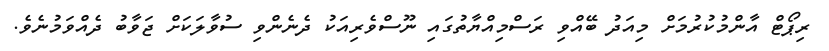
ރިޕޯޓް އާންމުކުރުމަށް މިއަދު ބޭއްވި ރަސްމިއްޔާތުގައި ނޫސްވެރިއަކު ދެނެންވި ސުވާލަކަށް ޖަވާބު ދެއްވަމުނެވެ.